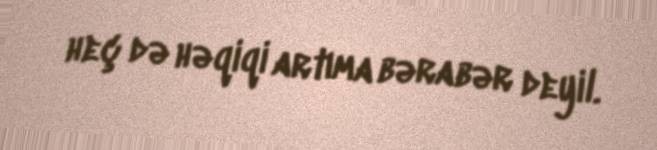
heç də həqiqi artıma bərabər deyil.